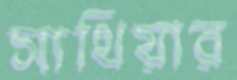
সাথিয়ার